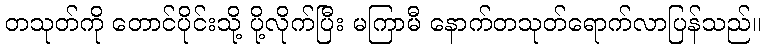
တသုတ်ကို တောင်ပိုင်းသို့ ပို့လိုက်ပြီး မကြာမီ နောက်တသုတ်ရောက်လာပြန်သည်။